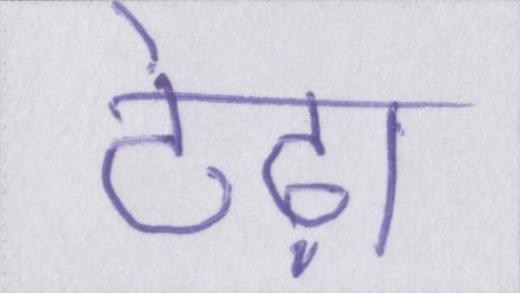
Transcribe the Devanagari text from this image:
टेढ़ा